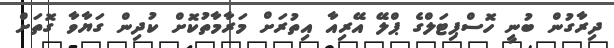
ދިރާގުން ބުނީ ހޮސްޕިޓަލްގެ ޕްލޭ އޭރިއާ އިތުރަށް މަރާމާތުކޮށް ކުދިން ގަޔާވާ ގޮތަށް